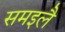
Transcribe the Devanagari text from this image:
समइलै